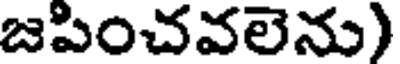
జపించవలెను)